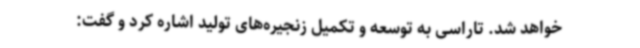
خواهد شد. تاراسی به توسعه و تکمیل زنجیره‌های تولید اشاره کرد و گفت: